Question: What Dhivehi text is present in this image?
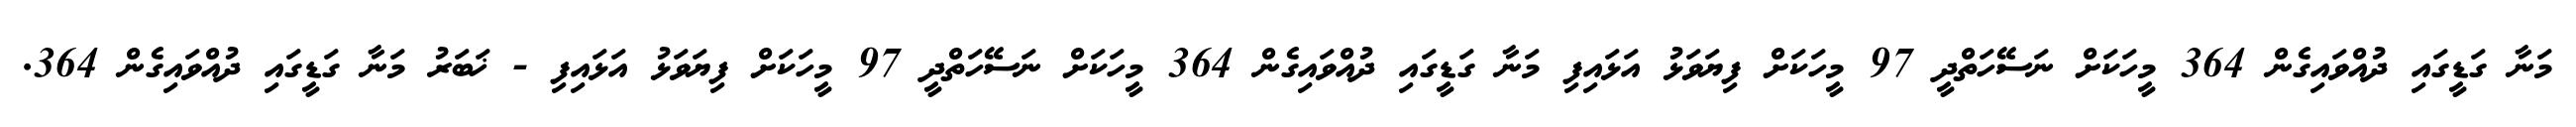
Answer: މަނާ ގަޑީގައި ދުއްވައިގެން 364 މީހަކަށް ނަސޭހަތްދީ 97 މީހަކަށް ފިޔަވަޅު އަޅައިފި މަނާ ގަޑީގައި ދުއްވައިގެން 364 މީހަކަށް ނަސޭހަތްދީ 97 މީހަކަށް ފިޔަވަޅު އަޅައިފި - ޚަބަރު މަނާ ގަޑީގައި ދުއްވައިގެން 364.